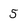
Character: 5